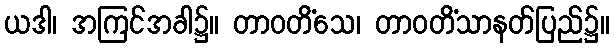
ယဒါ၊ အကြင်အခါ၌။ တာဝတိံသေ၊ တာဝတိံသာနတ်ပြည်၌။